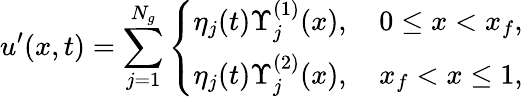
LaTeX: u^{\prime}(x,t)=\sum_{j=1}^{N_{g}}\left\{ \begin{array}{ll}{\eta_{j}(t)\Upsilon_{j}^{(1)}(x),\quad 0\leq x<x_{f},}\\ {\eta_{j}(t)\Upsilon_{j}^{(2)}(x),\quad x_{f}<x\leq 1,}\end{array}\right.